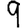
Digit: 9